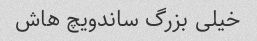
خیلی بزرگ ساندویچ هاش